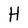
Character: H